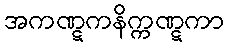
အကဏ္ဋကနိက္ကဏ္ဋကာ